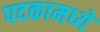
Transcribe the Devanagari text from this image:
पदकामध्ये